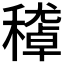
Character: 𥢔